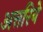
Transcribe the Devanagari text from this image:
अत्तरिये